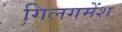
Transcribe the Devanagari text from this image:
गिलगमेंश